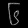
Digit: ၆